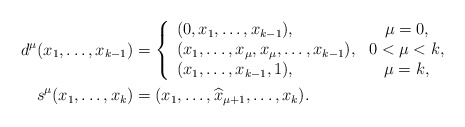
\begin{align*}d^\mu(x_1,\ldots,x_{k-1}) & = \left\{ \begin{array}{lc} (0,x_1,\ldots,x_{k-1}), & \mu = 0, \\ (x_1,\ldots,x_\mu,x_\mu,\ldots,x_{k-1}), & 0<\mu<k,\\ (x_1,\ldots,x_{k-1},1), & \mu = k, \end{array} \right. \\s^\mu(x_1,\ldots,x_k) & = (x_1,\ldots,\widehat{x}_{\mu+1},\ldots,x_k).\end{align*}